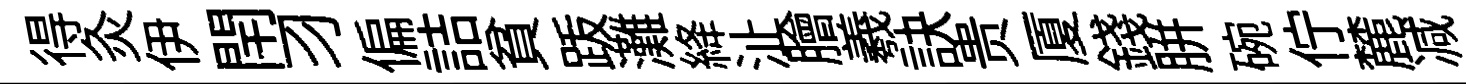
得灸伊閈习偏詰貧䟦灘絳沚膾羲訣贵厦錢胼碗佇麓减